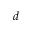
d